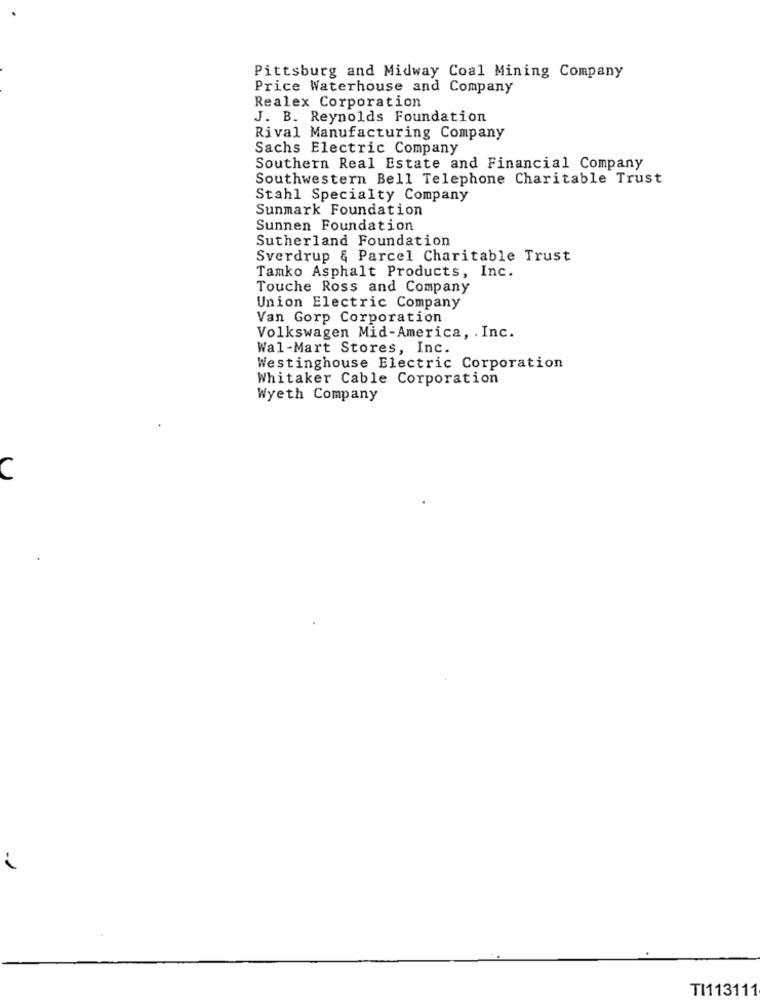
Pittsburg and Midway Coal Mining Company
Price Waterhouse and Company
Realex Corporation
J. B. Reynolds Foundation
Rival Manufacturing Company
Sachs Electric Company
Southern Real Estate and Financial Company
Southwestern Bell Telephone Charitable Trust
Stahl Specialty Company
Sunmark Foundation
Sunnen Foundation
Sutherland Foundation
Sverdrup & Parcel Charitable Trust
Tamko Asphalt Products, Inc.
Touche Ross and Company
Union Electric Company
Van Gorp Corporation
Volkswagen Mid-America, . Inc.
Wal-Mart Stores, Inc.
Westinghouse Electric Corporation
Whitaker Cable Corporation
Wyeth Company
C
TI113111